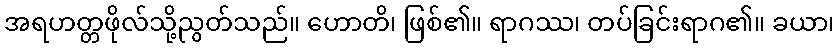
အရဟတ္တဖိုလ်သို့ညွတ်သည်။ ဟောတိ၊ ဖြစ်၏။ ရာဂဿ၊ တပ်ခြင်းရာဂ၏။ ခယာ၊